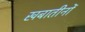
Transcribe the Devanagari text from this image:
खबातीनों